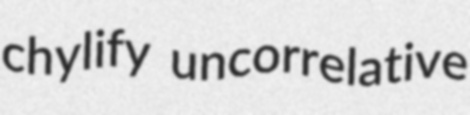
chylify uncorrelative